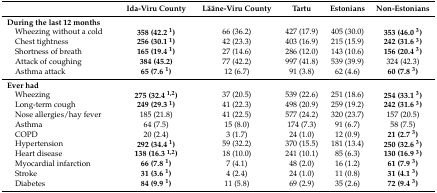
<table><thead><tr><td></td><td><b>Ida-Viru County</b></td><td><b>Lääne-Viru County</b></td><td><b>Tartu</b></td><td><b>Estonians</b></td><td><b>Non-Estonians</b></td></tr></thead><tbody><tr><td colspan="6"><b>During the last 12 months</b></td></tr><tr><td> Wheezing without a cold</td><td><b>358 (42.2 <sup>1</sup>)</b></td><td>66 (36.2)</td><td>427 (17.9)</td><td>405 (30.0)</td><td><b>353 (46.0 <sup>3</sup>)</b></td></tr><tr><td> Chest tightness</td><td><b>256 (30.1 <sup>1</sup>)</b></td><td>42 (23.3)</td><td>403 (16.9)</td><td>215 (15.9)</td><td><b>242 (31.6 <sup>3</sup>)</b></td></tr><tr><td> Shortness of breath</td><td><b>165 (19.4 <sup>1</sup>)</b></td><td>27 (14.6)</td><td>286 (12.0)</td><td>143 (10.6)</td><td><b>156 (20.4 <sup>3</sup>)</b></td></tr><tr><td> Attack of coughing</td><td><b>384 (45.2)</b></td><td>77 (42.2)</td><td>997 (41.8)</td><td>539 (39.9)</td><td>324 (42.3)</td></tr><tr><td> Asthma attack</td><td><b>65 (7.6 <sup>1</sup>)</b></td><td>12 (6.7)</td><td>91 (3.8)</td><td>62 (4.6)</td><td><b>60 (7.8 <sup>3</sup>)</b></td></tr><tr><td colspan="6"><b>Ever had</b></td></tr><tr><td> Wheezing</td><td><b>275 (32.4 <sup>1,2</sup>)</b></td><td>37 (20.5)</td><td>539 (22.6)</td><td>251 (18.6)</td><td><b>254 (33.1 <sup>3</sup>)</b></td></tr><tr><td> Long-term cough</td><td><b>249 (29.3 <sup>1</sup>)</b></td><td>41 (22.3)</td><td>498 (20.9)</td><td>259 (19.2)</td><td><b>242 (31.6 <sup>3</sup>)</b></td></tr><tr><td> Nose allergies/hay fever</td><td>185 (21.8)</td><td>41 (22.5)</td><td>577 (24.2)</td><td>320 (23.7)</td><td>157 (20.5)</td></tr><tr><td> Asthma</td><td>64 (7.5)</td><td>15 (8.0)</td><td>174 (7.3)</td><td>91 (6.7)</td><td>58 (7.5)</td></tr><tr><td> COPD</td><td>20 (2.4)</td><td>3 (1.7)</td><td>24 (1.0)</td><td>12 (0.9)</td><td><b>21 (2.7 <sup>3</sup>)</b></td></tr><tr><td> Hypertension</td><td><b>292 (34.4 <sup>1</sup>)</b></td><td>59 (32.2)</td><td>370 (15.5)</td><td>181 (13.4)</td><td><b>250 (32.6 <sup>3</sup>)</b></td></tr><tr><td> Heart disease</td><td><b>138 (16.3 <sup>1,2</sup>)</b></td><td>18 (10.0)</td><td>241 (10.1)</td><td>85 (6.3)</td><td><b>130 (16.9 <sup>3</sup>)</b></td></tr><tr><td> Myocardial infarction</td><td><b>66 (7.8 <sup>1</sup>)</b></td><td>7 (4.1)</td><td>48 (2.0)</td><td>16 (1.2)</td><td><b>61 (7.9 <sup>3</sup>)</b></td></tr><tr><td> Stroke</td><td><b>31 (3.6 <sup>1</sup>)</b></td><td>4 (2.4)</td><td>24 (1.0)</td><td>11 (0.8)</td><td><b>31 (4.1 <sup>3</sup>)</b></td></tr><tr><td> Diabetes</td><td><b>84 (9.9 <sup>1</sup>)</b></td><td>11 (5.8)</td><td>69 (2.9)</td><td>35 (2.6)</td><td><b>72 (9.4 <sup>3</sup>)</b></td></tr></tbody></table>